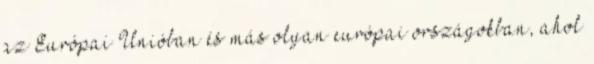
az Európai Unióban és más olyan európai országokban, ahol